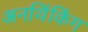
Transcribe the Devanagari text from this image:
अनथिंकिंग